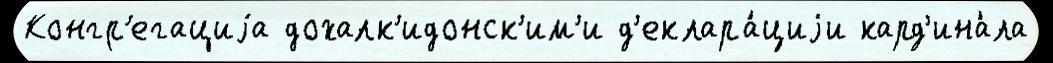
Конгр'егациjа дохалк'идонск'им'и д'еклара́циjи кард'ина́ла